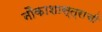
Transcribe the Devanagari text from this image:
नौकाशास्त्राची